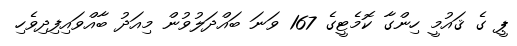
ޕީ ގެ ޤައުމީ ހިންގާ ކޮމެޓީގެ 167 ވަނަ ބައްދަލުވުން މިއަދު ބާއްވައިފިދިވެހި